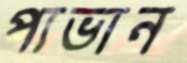
পাভান